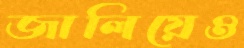
জালিয়েও